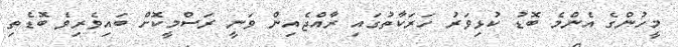
މީހުންގެ އެންމެ ބޮޑު ކުޅިވަރު ހަރަކާތުގައި ރާއްޖެއިން ވަނީ ރަސްމީކޮށް ބައިވެރިވެ ބޮޑެތި